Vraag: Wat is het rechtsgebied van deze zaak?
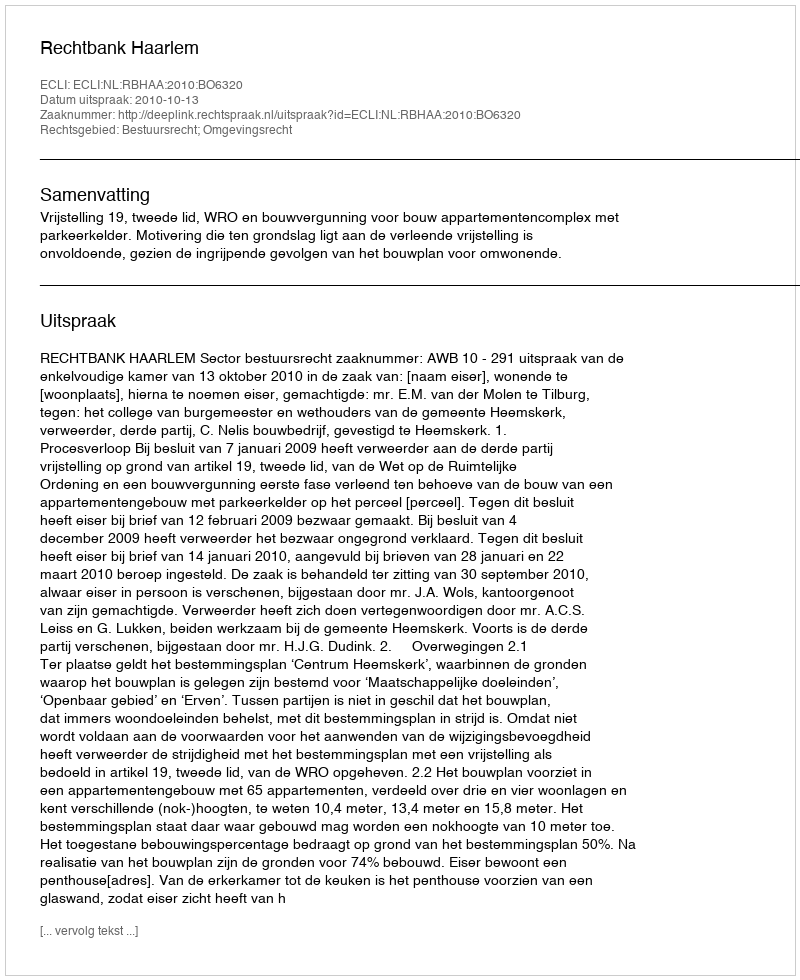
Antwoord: Bestuursrecht; Omgevingsrecht